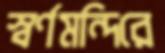
স্বর্ণমন্দিরে